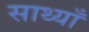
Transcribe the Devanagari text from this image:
साथ्याँ